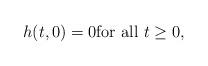
LaTeX: \begin{align*}h(t,0)=0\mbox{for all } t\ge 0,\end{align*}